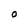
Character: O